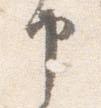
申